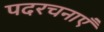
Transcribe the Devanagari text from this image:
पदरचनाएँ